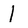
Character: L